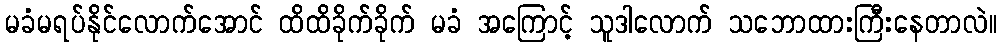
မခံမရပ်နိုင်လောက်အောင် ထိထိခိုက်ခိုက် မခံ အကြောင့် သူဒါလောက် သဘောထားကြီးနေတာလဲ။